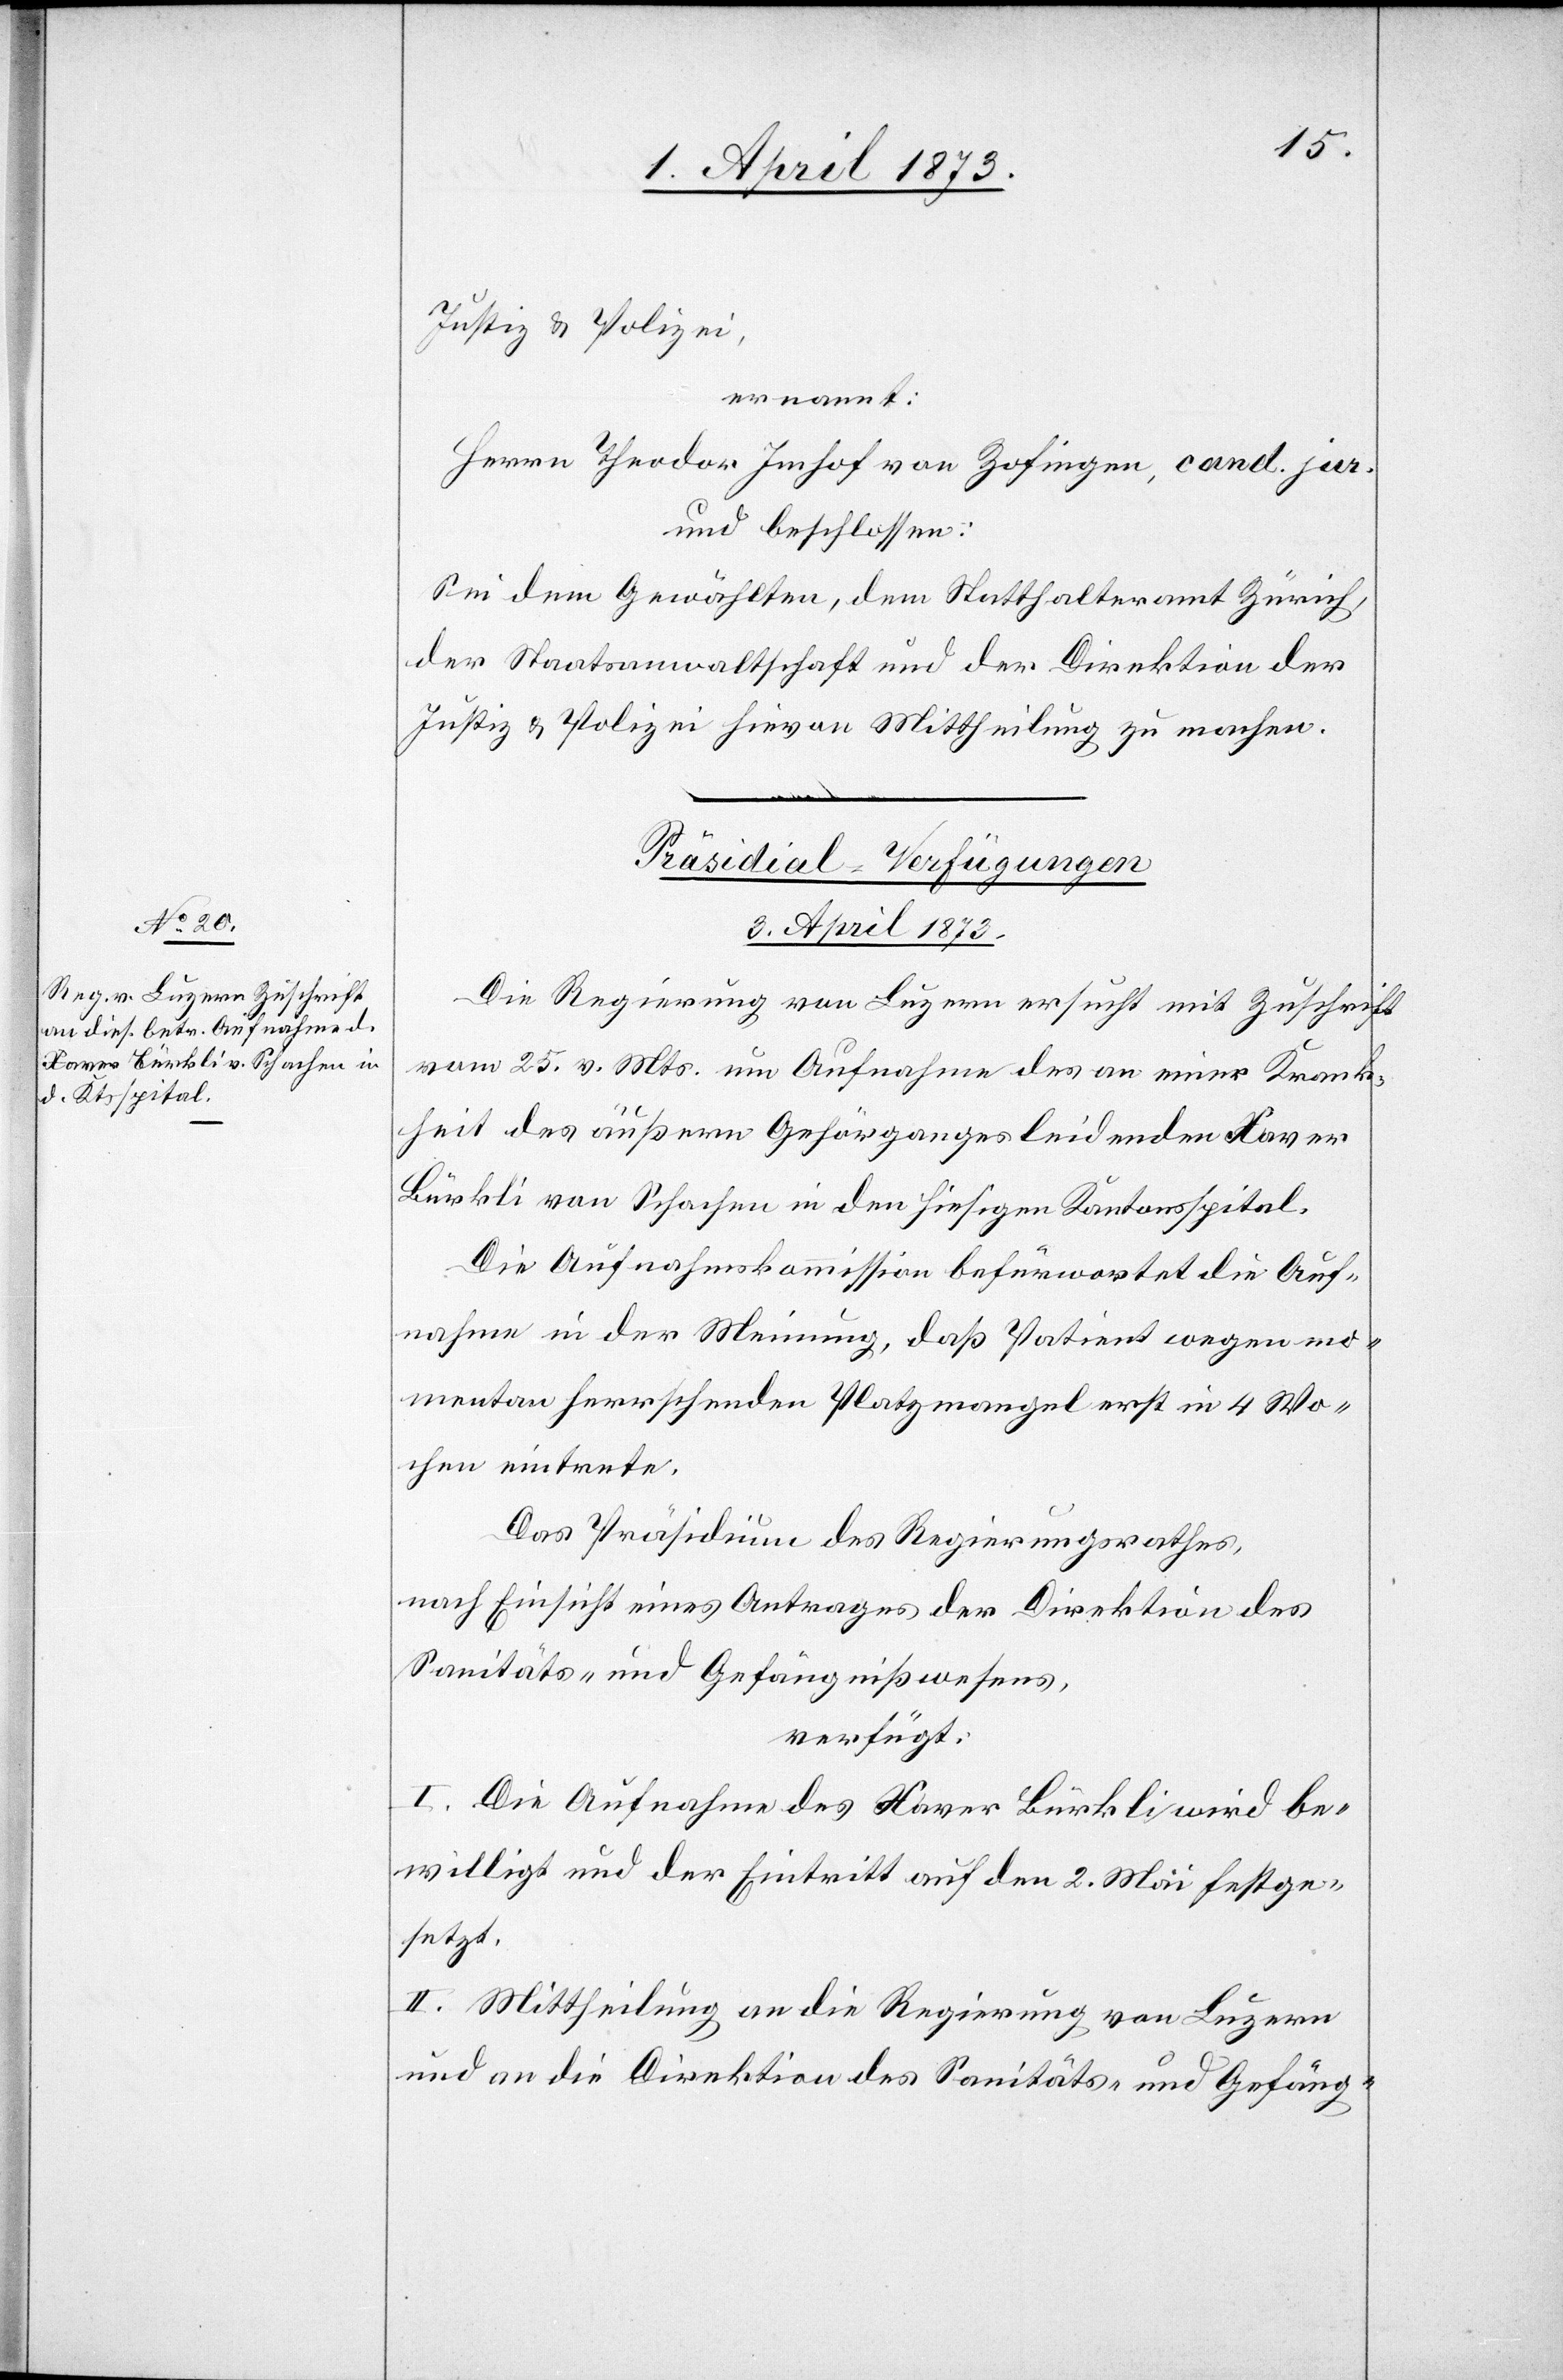
Justiz u. Polizei,
ernannt:
Herrn Theodor Imhof von Zofingen, cand. jur.
und beschlossen:
Sei dem Gewählten, dem Statthalteramt Zürich,
der Staatsanwaltschaft und der Direktion der
Justiz u. Polizei hievon Mittheilung zu machen.
Präsidial-Verfügungen
3. April 1873.
Die Regierung von Luzern ersucht mit Zuschrift
vom 25. v. Mts. um Aufnahme des an einer Krank¬
heit des äußern Gehörganges leidenden Xaver
Bürkli von Schachen in den hiesigen Kantonsspital.
Die Aufnahmskommission befürwortet die Auf¬
nahme in der Meinung, daß Patient wegen mo¬
mentan herrschenden Platzmangel erst in 4 Wo¬
chen eintrete.
Das Präsidium des Regierungsrathes,
nach Einsicht eines Antrages der Direktion des
Sanitäts- und Gefängnißwesens,
verfügt:
I. Die Aufnahme des Xaver Bürkli wird be¬
willigt und der Eintritt auf den 2. Mai festge¬
setzt.
II. Mittheilung an die Regierung von Luzern
und an die Direktion des Sanitäts- und Gefäng-